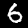
Digit: 6